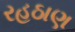
રહઠાણ